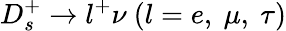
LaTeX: D_{s}^{+}\to l^{+}\nu~(l=e,~\mu,~\tau)